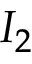
I _ { 2 }